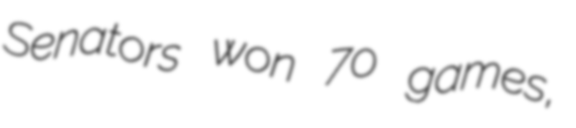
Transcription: Senators won 70 games,